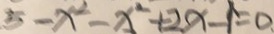
5 - x ^ { 2 } - x ^ { 2 } + 2 x - 1 = 0 .